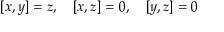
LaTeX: [ x , y ] = z , \quad [ x , z ] = 0 , \quad [ y , z ] = 0